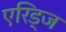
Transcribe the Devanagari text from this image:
एरिड्‌ज